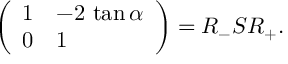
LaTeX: \left( \begin{array} { l l } { { 1 } } & { { - 2 \, \tan \alpha } } \\ { { 0 } } & { { 1 } } \end{array} \right) = R _ { - } S R _ { + } .